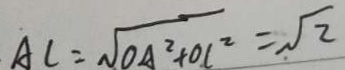
A C = \sqrt { O A ^ { 2 } + 0 C ^ { 2 } } = \sqrt { 2 }